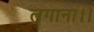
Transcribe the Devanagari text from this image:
लगाना।।